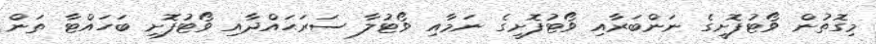
މިގޮތުން ވޯޓުފޮށީގެ ނަންބަރާއި ވޯޓުފޮށީގެ ނަމާއި ވޯޓުލާ ސަރަޙައްދާއި ވޯޓުފޮށި ބަހައްޓާ ތަން